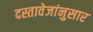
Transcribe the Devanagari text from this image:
दस्तावेजांनुसार